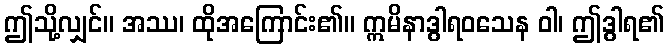
ဤသို့လျှင်။ အဿ၊ ထိုအကြောင်း၏။ ဣမိနာဒွါရဝသေန ဝါ၊ ဤဒွါရ၏